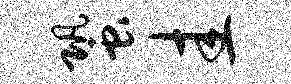
蛩圭